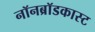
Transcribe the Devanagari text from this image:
नॉनब्रॉडकास्ट